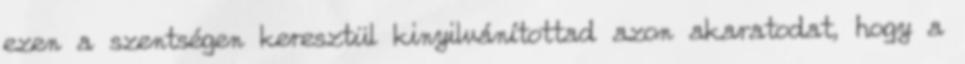
ezen a szentségen keresztül kinyilvánítottad azon akaratodat, hogy a